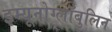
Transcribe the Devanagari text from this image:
इम्यूनोग्लॉबुलिन